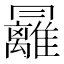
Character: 㒿